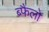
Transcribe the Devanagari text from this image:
ब्फैलो